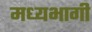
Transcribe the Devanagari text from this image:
मध्‍यभागी